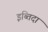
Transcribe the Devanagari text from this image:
इब्तिदा